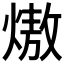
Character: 𭵶